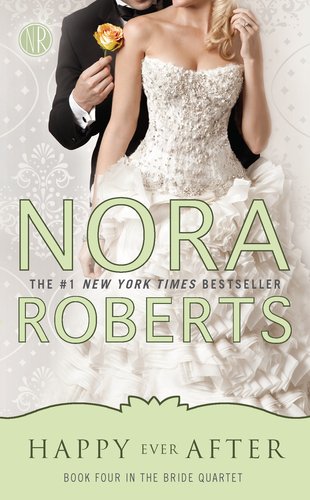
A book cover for Happy Ever After (Bride Quartet, Book 4); Nora Roberts; Literature & Fiction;